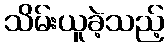
သိမ်းယူခဲ့သည့်